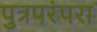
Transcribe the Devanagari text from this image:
पुत्रपरंपरा